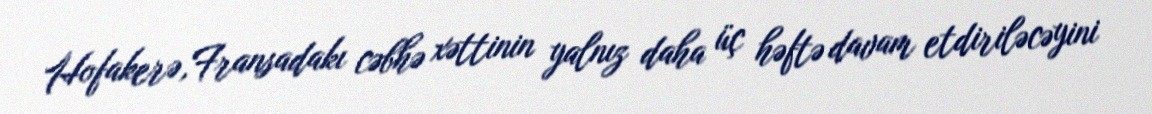
Hofakerə,Fransadakı cəbhə xəttinin yalnız daha üç həftə davam etdiriləcəyini